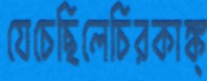
যেচেছিলেচিরকাঙ্ক্